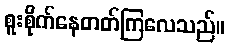
စူးစိုက်နေတတ်ကြလေသည်။